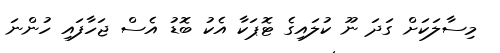
މިސާލަކަށް ގަދަ ނޫ ކުލައިގެ ޓޮޕަކާ އެކު ބޮޑު އެސް ޖަހާފައި ހުންނަ